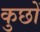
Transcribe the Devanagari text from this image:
कुछों